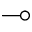
\multimap